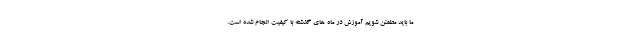
ما باید مطمئن شویم آموزش در ماه های گذشته با کیفیت انجام شده است.